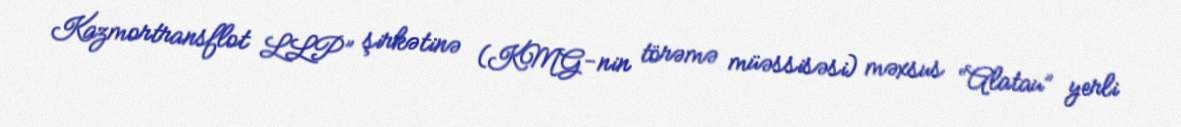
Kazmortransflot LLP” şirkətinə (KMG-nin törəmə müəssisəsi) məxsus “Alatau” yerli